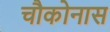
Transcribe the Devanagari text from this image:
चौकोनास